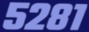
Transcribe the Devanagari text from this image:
५२८१